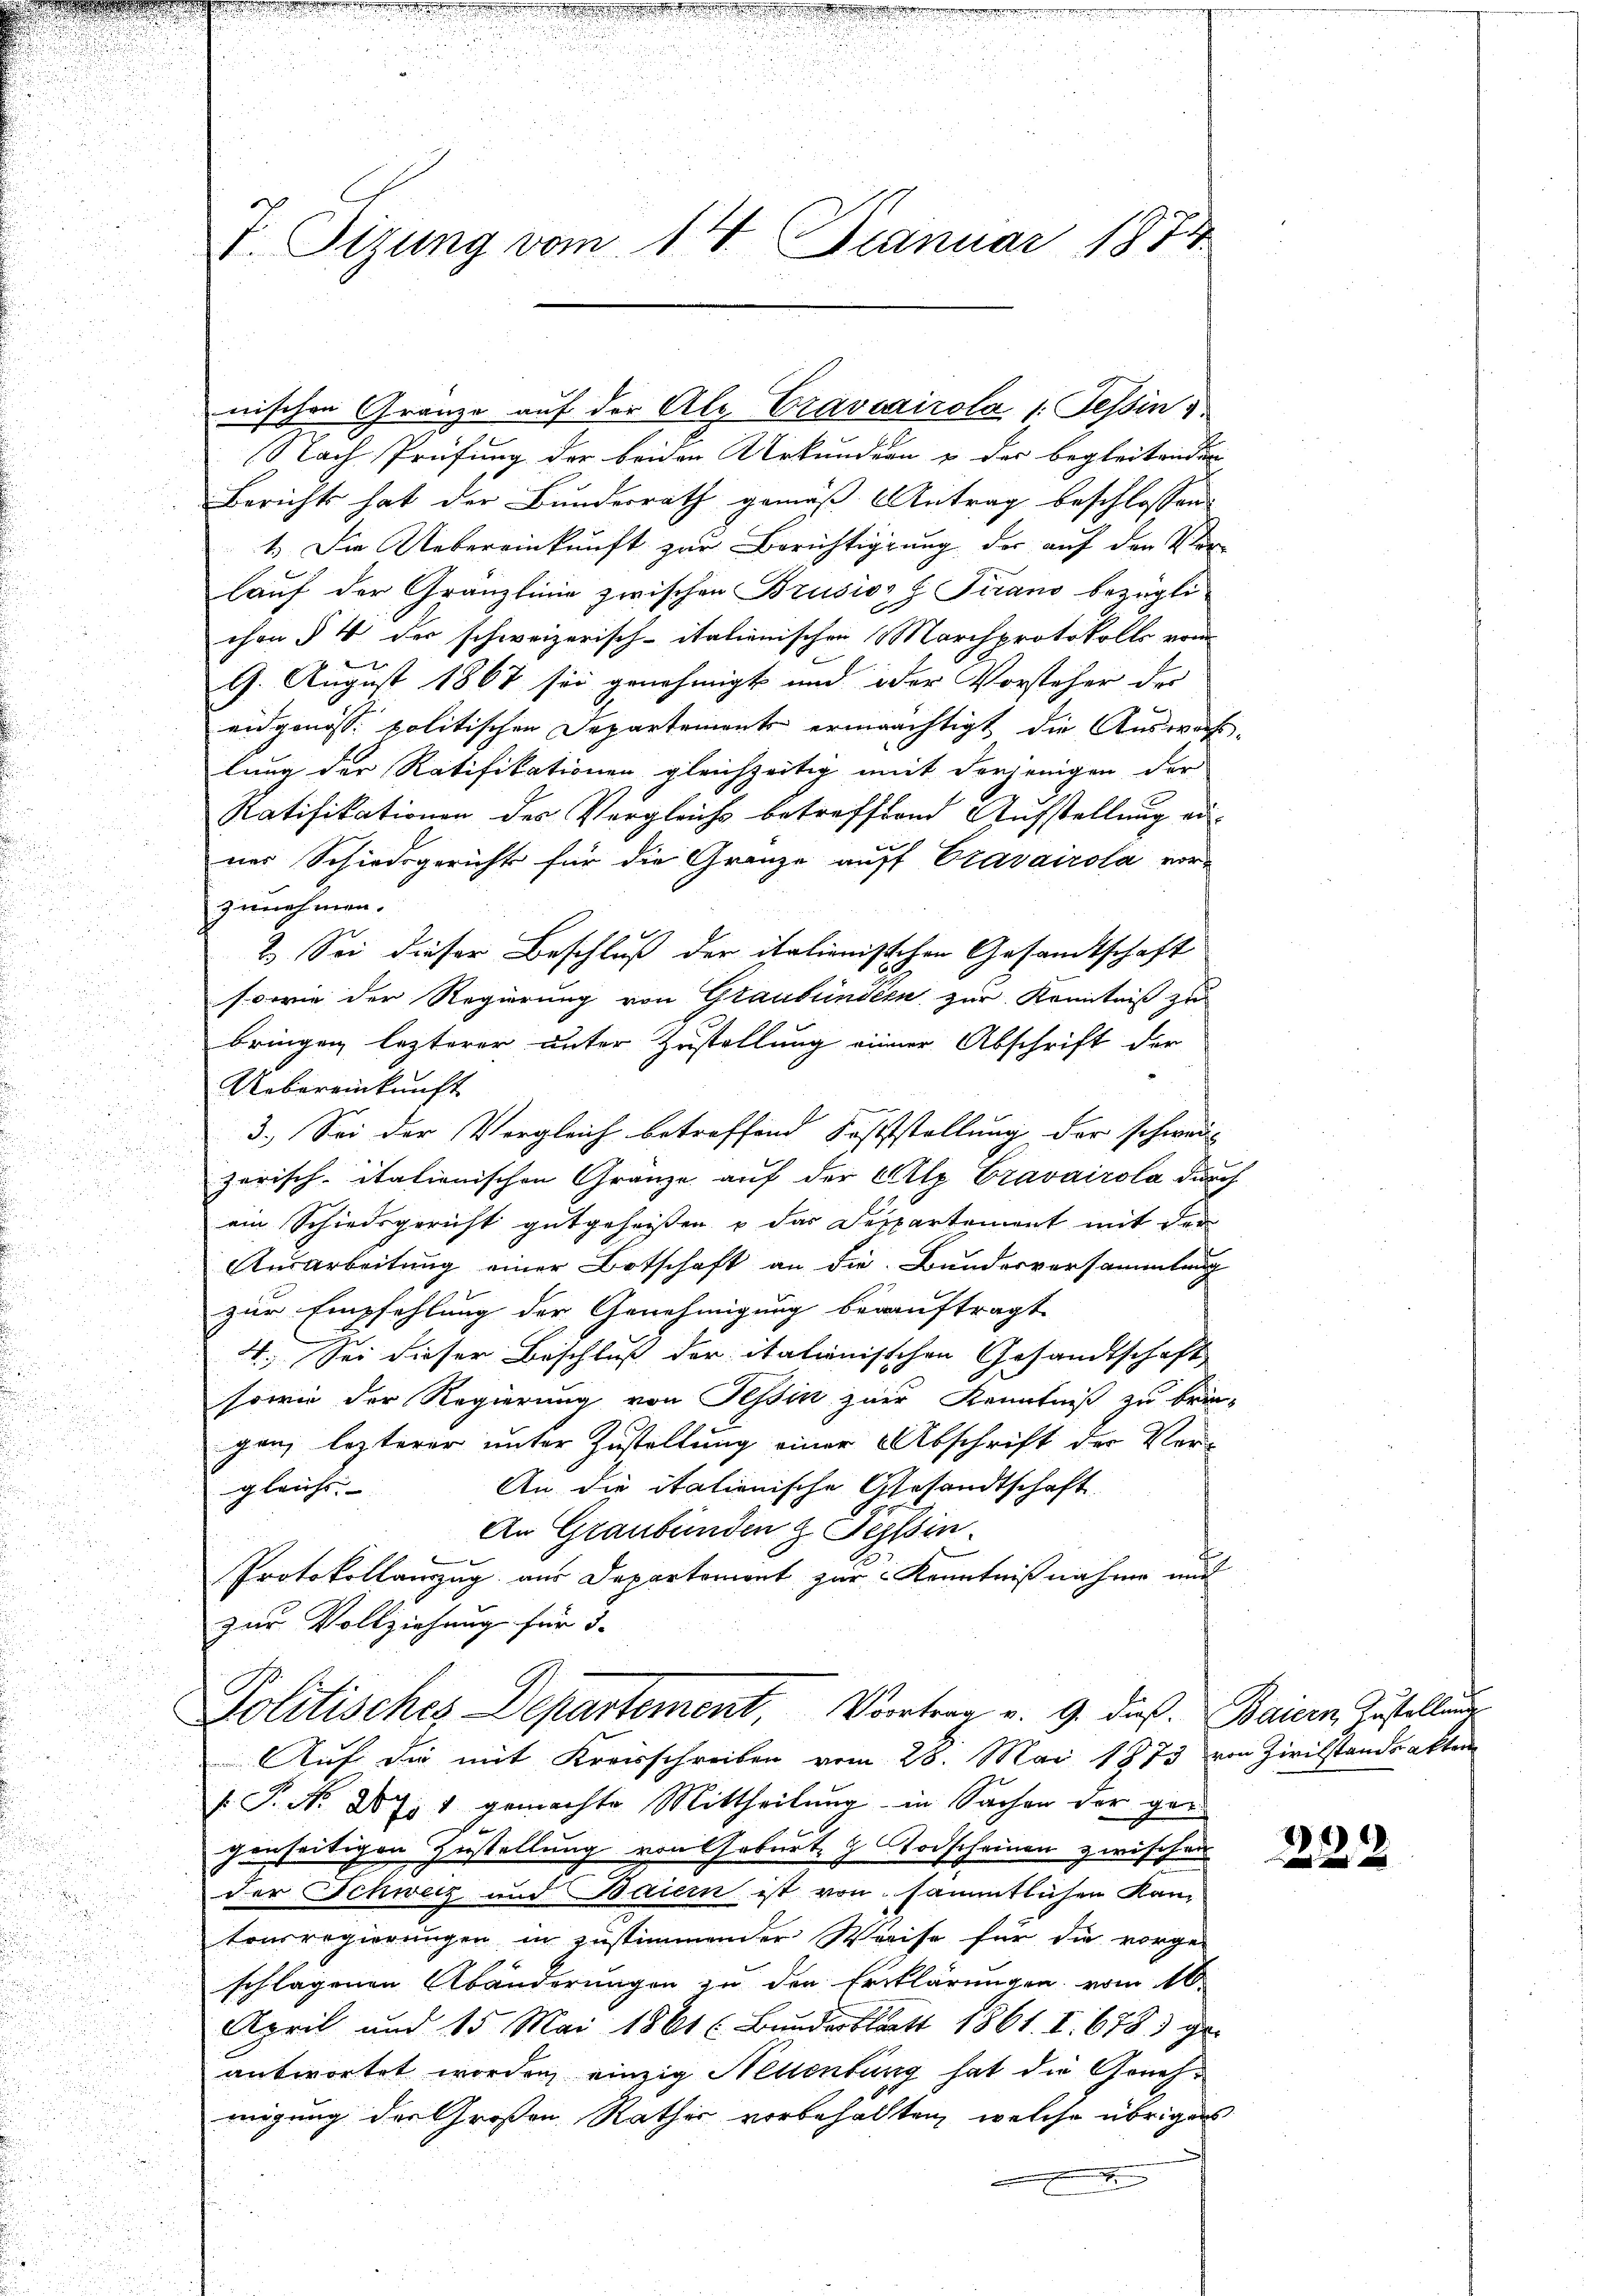
J. Tizung vom 14. Januar 1874

nischen Granze auf der Ale Traveairola 1. Tessin
Nach Prüfung der beiden Urkundern & der begleitenden
Berichts hat der Bundesrath gemäß Antrag beschlossen
1. Die Uebereinkunft zur Berichtigung der auf den Verlauf der Gränzlinie zwischen Brusiors Tirano bezüglichon § 4 der schweizerisch-italienischen Marchprotokolls vom
9. August 1867 sei genehmigt und oder Vorsteher der
eidgenöss. politischen Departement ermächtigt die Auswah-
lung der Ratifikationen gleichzeitig mit derjenigen der
Ratifikationen des Vergleichs betrefftend Aufstellung erner Schiedsgericht für die Gränze auff Cravairola vorzunehmen.
2. Sei dieser Beschluß der italionischen Gesandtschaft
sowie der Regierung von Glaubündern zur Kenntniß zu
bringen lezterer unter Zustellung einer Abschrift der
Uebereinkunft
3.) Sei der Vergleich betreffend Soststellung der schwei-
u
zerisch-italienischen Gränze auf der Alp Cravaicola durch
ein Schiedsgericht gutgeheißen u das Departement mit der
Ausarbeitung einer Botschaft an die Bundesversammlung
zur Empfehlung der Genehmigung beauftragt
4. Sei dieser Beschluß der italienisschen Gesandtschaft
sowie der Regierung von Tessin zur Kenntniß zu brin-
gen, lezterer unter Zustellung einer Abschrift der Ver-
An die italienische Gesandtschaft
gleichs.
An Graubünden z. Tessin
Protokollanzug aus Departement zur Kenntnißnahme mit
zur Vollziehung für 3.
Politisches Departement, Vortrag v. 9. dieß. Baiern Zustellung
Auf die mit Kreisschreiben vom 28. Mai 1873 von Zivilstandsakten
 P. Nr. 287, 1 gemachte Mittheilung in Sachen der ger
s
genseitigen Zustellung von Geburt. 9 Todscheinen zwischen
der Schweiz und Baiern ist von sämmtlichen Kantonsregierungen in zustimmender Weise für die vorge-
schlagenen Abänderungen zu der Erklärungen vom 10.
April und 15 Mai 1861 (Bundesblatt 1861. I. 6783 geantwortet worden, einzig Nellenburg hat die Genehmigung der Großen Rathes vorbehalten, welche übrigens
.

222